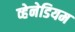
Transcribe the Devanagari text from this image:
व्हेनेडियम